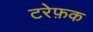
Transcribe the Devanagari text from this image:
टरेफ़क